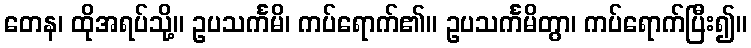
တေန၊ ထိုအရပ်သို့။ ဥပသင်္ကမိ၊ ကပ်ရောက်၏။ ဥပသင်္ကမိတွာ၊ ကပ်ရောက်ပြီး၍။